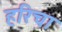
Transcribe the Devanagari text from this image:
हरिचा